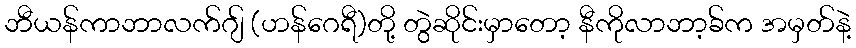
ဘီယန်ကာဘာလက်ဂျ် (ဟန်ဂေရီ)တို့ တွဲဆိုင်းမှာတော့ နီကိုလာဘာ့ခ်က အမှတ်နဲ့